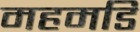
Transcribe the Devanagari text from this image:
महमडिं